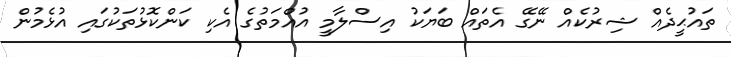
ތައުޙީދެއް ޝިރުކެއް ނޭގޭ އެތައް ބަޔަކު އިސްލާމީ އުއްމަތުގެ އެކި ކަންކޮޅުތަކުގައި އުޅެމުން